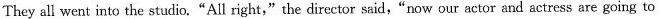
They all went into the studio."All right,"the director said,"now our actor and actress are going to